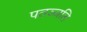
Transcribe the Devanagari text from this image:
पतञ्‍जलि